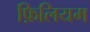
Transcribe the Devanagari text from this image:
फ़िलियम